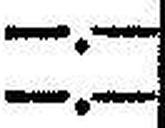
—.—